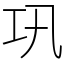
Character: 巩